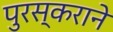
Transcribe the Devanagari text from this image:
पुरस्कराने